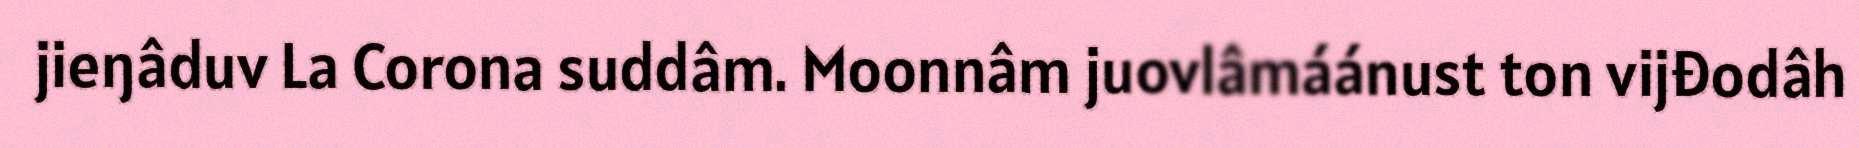
jieŋâduv La Corona suddâm. Moonnâm juovlâmáánust ton vijđodâh